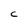
Character: C